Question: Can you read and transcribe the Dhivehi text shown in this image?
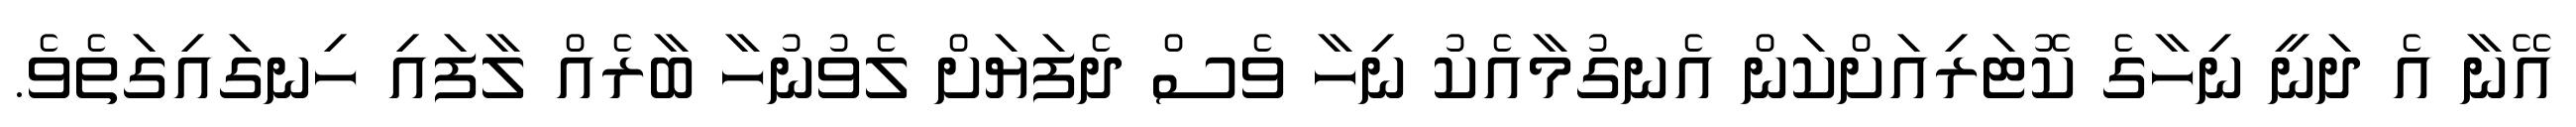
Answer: އޭނާ އެ ދަނީ ނިހާގެ ކޮޓަރިއަށްކަން އެނގުމާއެކު ނިހާ ވެސް ދެފަޔަށް ލެވުނުހާ ބާރެއް ލާފައި ހިނގައިގަތެވެ.